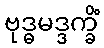
ဗုဒ္ဓမဒ္ဒက္ခိံ